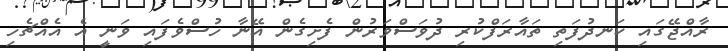
ރާއްޖޭގައި ކަނދުފަތި ތައާރަފްކުރި ދުވަސްވަރުން ފެށިގެން އޭނާ ހުސްވެފައި ވަނީ އެ އެއްޗެހި